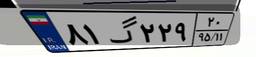
۸۱گ۲۲۹۲۰